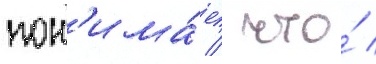
пон'има́ет / что́ /